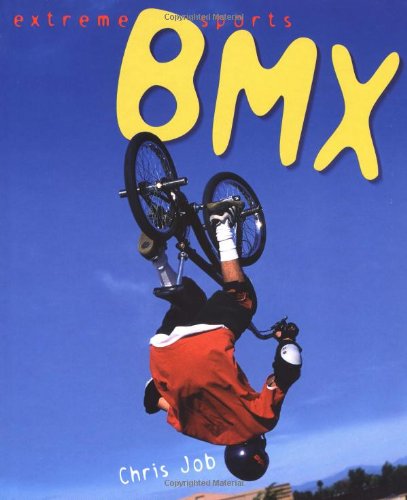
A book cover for BMX (Extreme Sports); Chris Job; Children's Books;